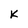
Character: K